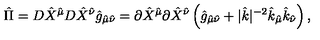
{ \hat { \Pi } } = D { \hat { X } } ^ { \hat { \mu } } D { \hat { X } } ^ { \hat { \nu } } { \hat { g } } _ { { \hat { \mu } } { \hat { \nu } } } = \partial { \hat { X } } ^ { \hat { \mu } } \partial { \hat { X } } ^ { \hat { \nu } } \left( { \hat { g } } _ { { \hat { \mu } } { \hat { \nu } } } + | { \hat { k } } | ^ { - 2 } { \hat { k } } _ { \hat { \mu } } { \hat { k } } _ { \hat { \nu } } \right) ,